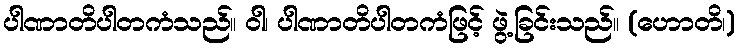
ပါဏာတိပါတကံသည်။ ဝါ၊ ပါဏာတိပါတကံဖြင့် ဖွဲ့ခြင်းသည်။ (ဟောတိ၊)